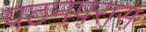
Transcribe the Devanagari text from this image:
पठनपरास